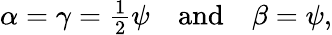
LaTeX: \alpha=\gamma={\textstyle{\frac{1}{2}}}\psi\quad\mathrm{and}\quad\beta=\psi,